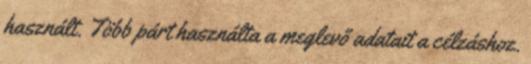
használt. Több párt használta a meglevő adatait a célzáshoz.